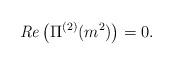
LaTeX: \begin{align*}{\it Re} \left( \Pi^{(2)} (m^2) \right) = 0 .\end{align*}